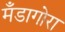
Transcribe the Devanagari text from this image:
मँडागोरा